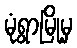
မုံရွာမြို့မှ